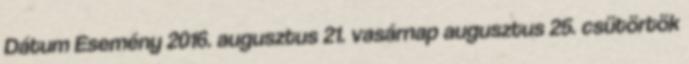
Dátum Esemény 2016. augusztus 21. vasárnap augusztus 25. csütörtök